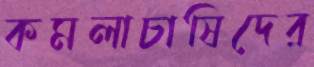
কমলাচাষিদের